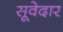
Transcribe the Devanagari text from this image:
सूवेदार